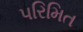
પરિમિત